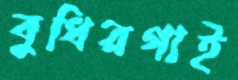
বুধিরগাই